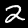
Label: 2